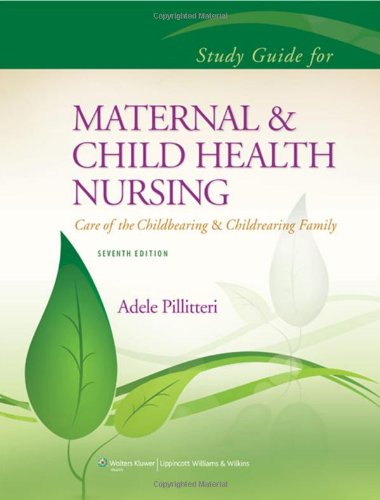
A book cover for Study Guide to Accompany Maternal and Child Health Nursing (Pillitteri, Study Guide to Accompany Maternal and Child Heal); Dr. Adele Pillitteri PhD  RN  PNP; Medical Books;